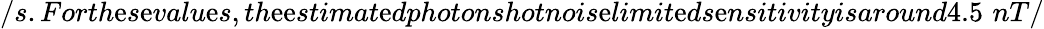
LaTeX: /s.Forth\mathrm{e}s\mathrm{e}valu\mathrm{e}s,th\mathrm{e}\mathrm{e}stimat\mathrm{e}dphotonshotnois\mathrm{e}limit\mathrm{e}ds\mathrm{e}nsitivityisaround4.5\, \, nT/